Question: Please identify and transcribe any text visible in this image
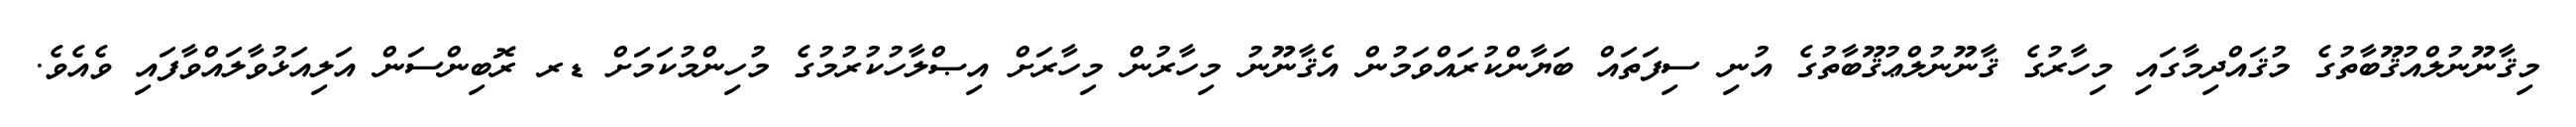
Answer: މިޤާނޫނުލްއުޤޫބާތުގެ މުޤައްދިމާގައި މިހާރުގެ ޤާނޫނުލްޢުޤޫބާތުގެ އުނި ސިފަތައް ބަޔާންކުރައްވަމުން އެޤާނޫނު މިހާރުން މިހާރަށް އިޞްލާހުކުރުމުގެ މުހިންމުކަމަށް ޑރ ރޮބިންސަން އަލިއަޅުވާލައްވާފައި ވެއެވެ.